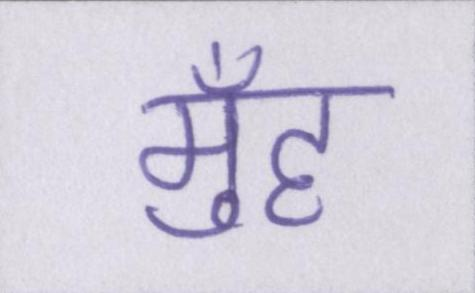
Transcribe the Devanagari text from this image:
मुँह